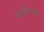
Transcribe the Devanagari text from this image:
ए०जे०एम